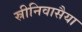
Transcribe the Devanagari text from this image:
स्रीनिवासैया